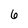
Character: 6